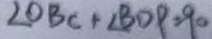
\angle O B C + \angle B D P = 9 0